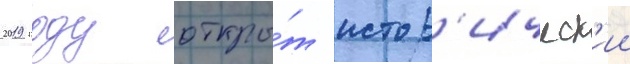
2019 году откры́т истор'ическ'ии